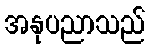
အနုပညာသည်